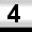
Digit: 4